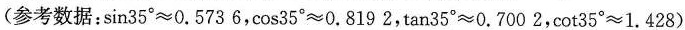
(参考数据：$$\sin 3 5 ° ≈ 0 . 5 7 3 6$$，$$\cos 3 5 ° ≈ 0 . 8 1 9 2$$，$$\tan 3 5 ° ≈ 0 . 7 0 0 2$$，$$\cot